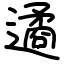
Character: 遹